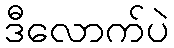
ဒီလောက်ပဲ